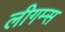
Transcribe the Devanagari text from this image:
लीगम्स